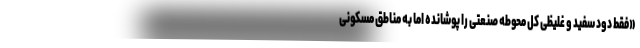
«فقط دود سفید و غلیظی کل محوطه صنعتی را پوشانده اما به مناطق مسکونی